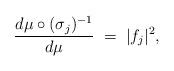
LaTeX: \begin{align*}\frac{d \mu\circ (\sigma_j)^{-1}}{d \mu}\;=\;|f_j|^2,\end{align*}